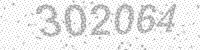
Solution: 302064